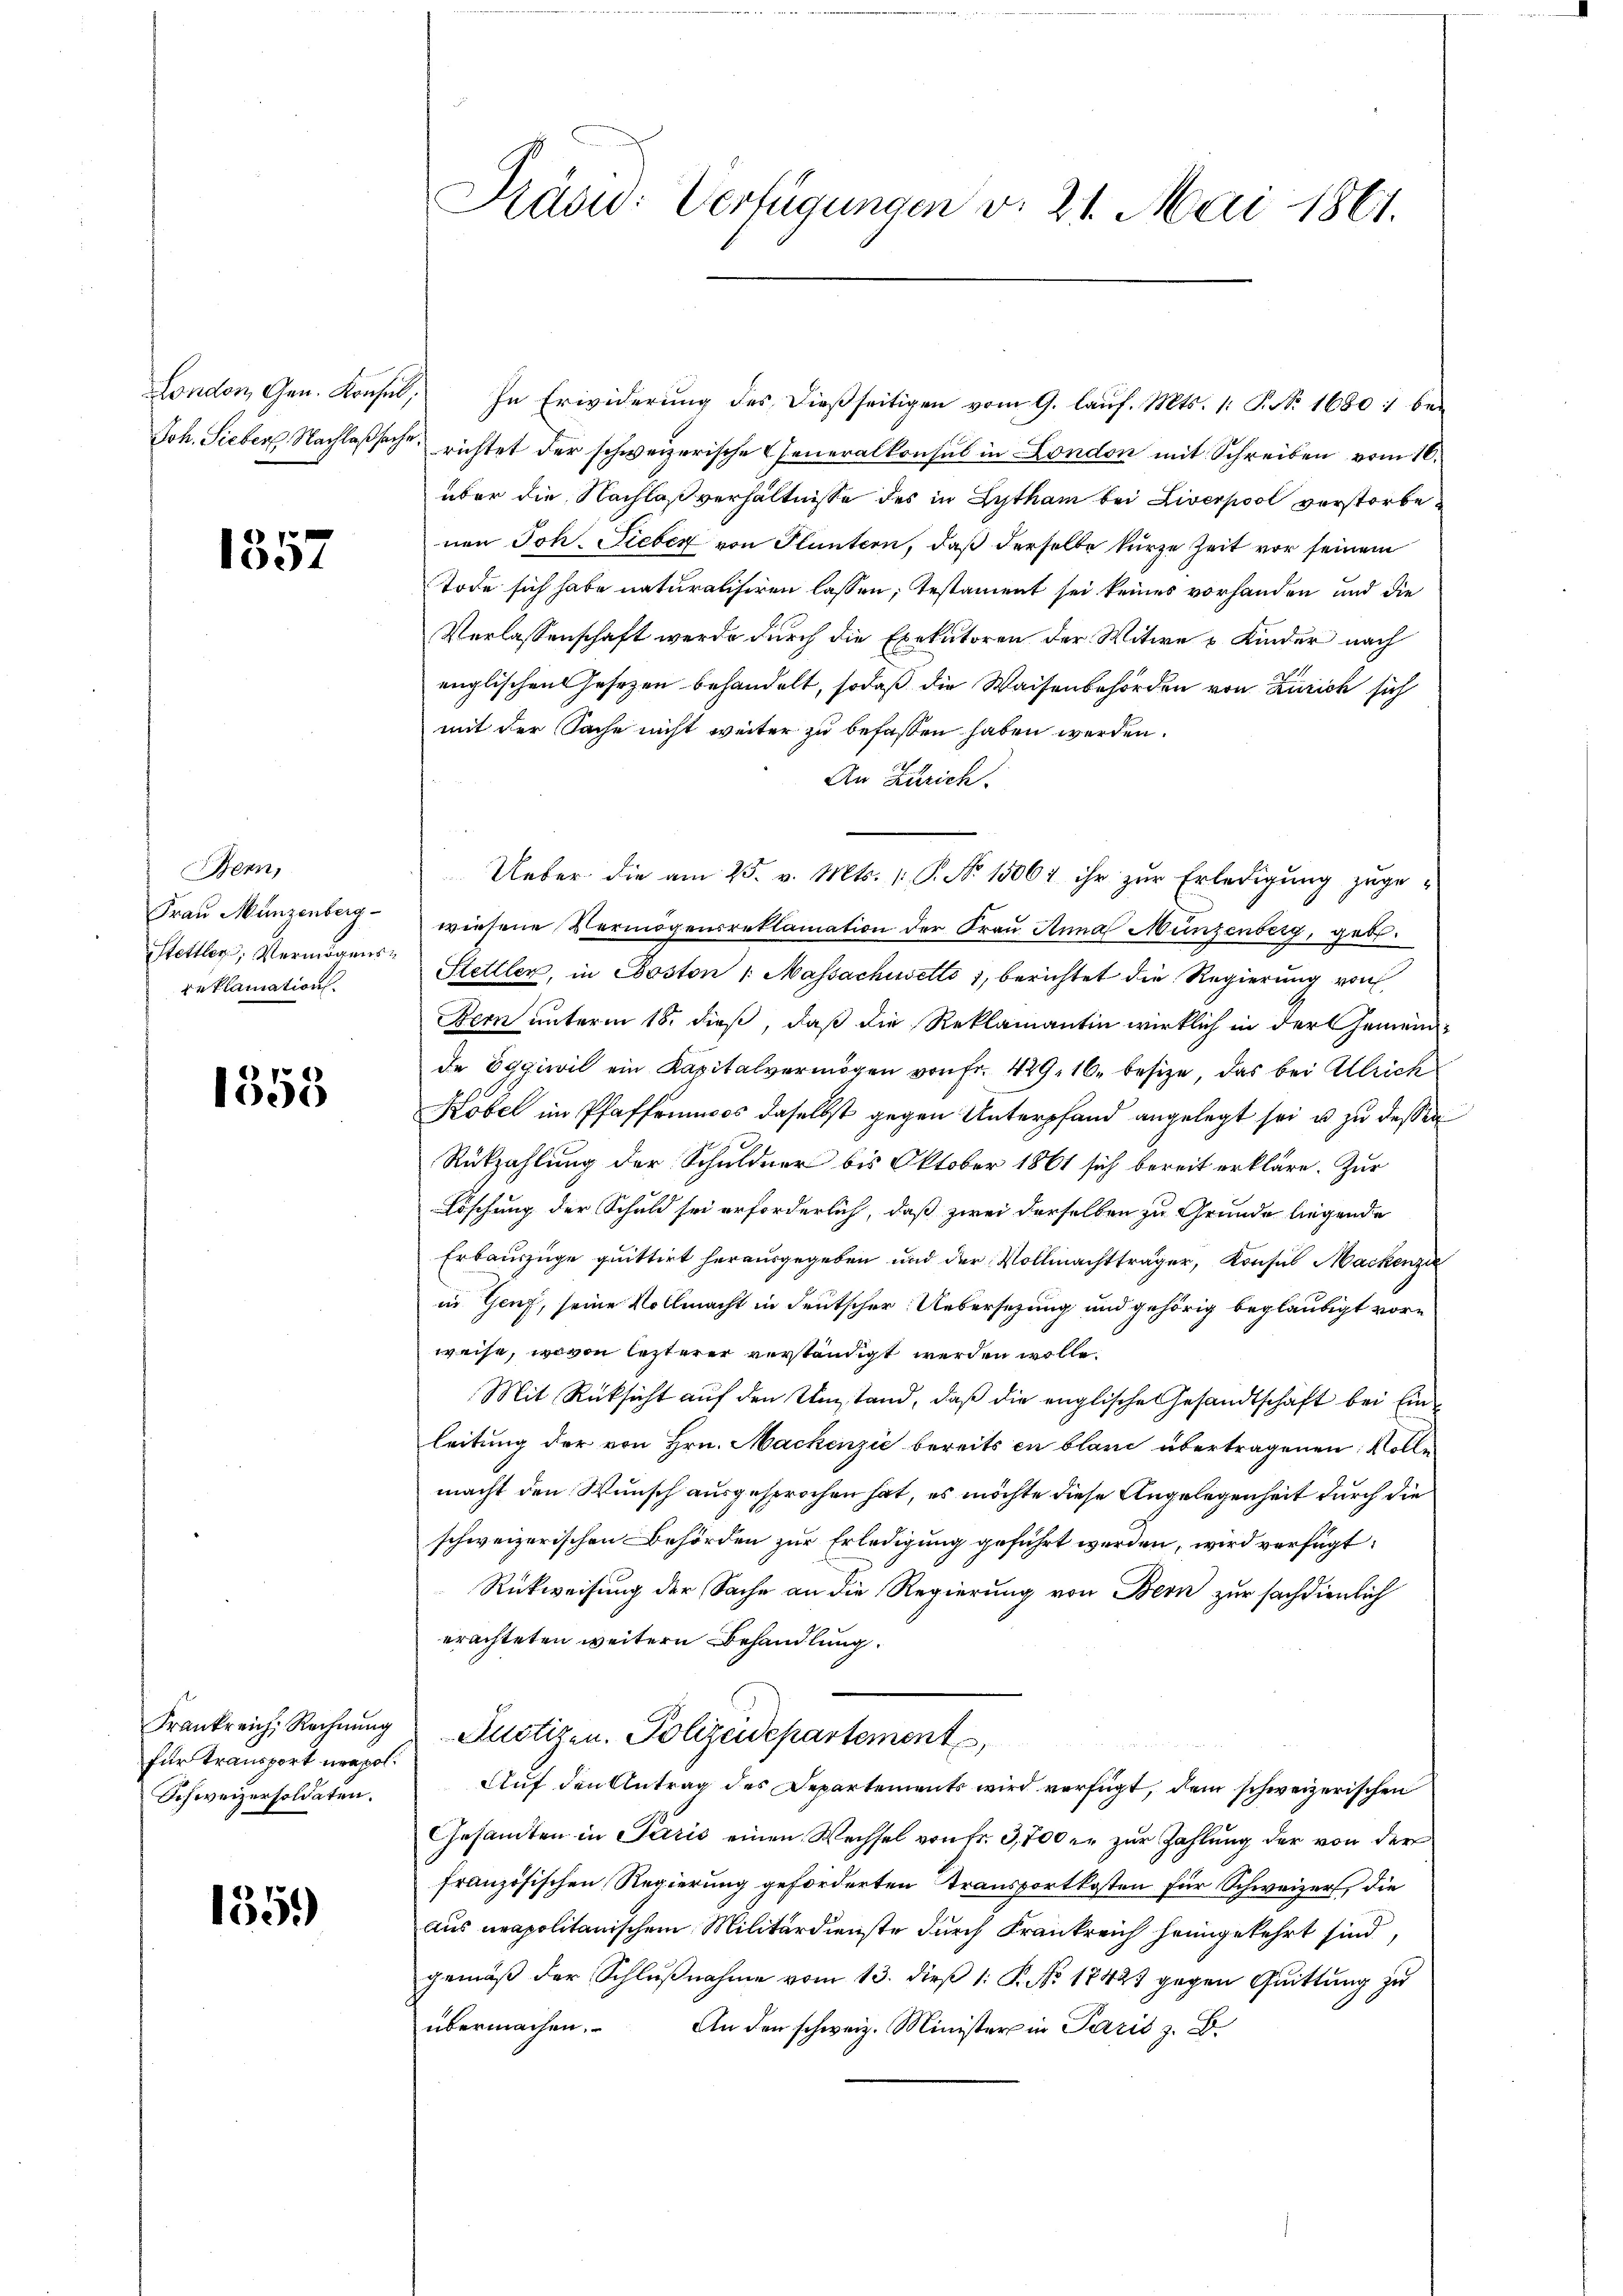
1357

Bern,
Frau Münzenberg-
Stettler, Vermögensreklamation.

1353

für Transport neapol.
Schweizersoldaten.

135.)

Präsid: Verfügungen v. 21. Mai 1861.

London, Gen. Konsul, In Erwiderung des dießseitigen vom 9. lauf. Mts. 1. P. Nr. 1680 :/ be¬
Joh. Fieber Nachlaßsache richtet der schweizerische Generalkonsul in London mit Schreiben vom 16.
über die Nachlaßverhältnisse des in Lytham bei Liverpool verstorbenen Joh. Fieber von Pluntern, daß derselbe kurze Zeit vor seinem
Tode sich habe naturalisiren lassen, testament sei keines vorhanden und die
Verlassenschaft werde durch die Exekutoren der Witwe u Kinder nach
englischen Gesetzen behandelt, sodaß die Waisenbehörden von Zürich sich
mit der Sache nicht weiter zu befassen haben werden.
An Zürich.
Ueber die am 25. v. Mts. 1. P. No 1506 ihr zur Erledigung zuge-
wiesene Vermögensreklamation der Frau Anna Münzenberg, geb.
Stettler, in Coston 1. Massachusetts 1, berichtet die Regierung von
Bern unterm 18. dieß, daß die Reklamantin wirklich in der Gemeinde Eggiwil ein Kapitalvermögen von Fr. 429. 16. besize, das bei Allrich
Kobel im Pfaffrinos daselbst gegen Unterpfand angelegt sei, u. zu dessen
Rükzahlung der Schuldner bis Oktober 1861 sich bereit erkläre. Zur
Löschung der Schuld sei erforderlich, daß zwei derselben zu Grunde liegende
Erbauszuge quittirt herausgegeben und der Vollmachtträger, Konsul Mackenzi
in Genf, seine Vollmacht in deutscher Uebersezung und gehörig beglaubigt vorweise, wovon lezterer verständigt werden wolle.
Mit Rücksicht auf den Umstand, daß die englische Gesandtschaft bei Einleitung der von Hrn. Nackenzić bereits en bland übertragenen Volle
macht den Wunsch ausgesprochen hat, es möchte diese Angelegenheit durch die
schweizerischen Behörden zur Erledigung geführt werden, wird verfügt:
Rückweisung der Sache an die Regierung von Bern zur sachdienlich
erachteten weitern Behandlung.
Frankreich, Rechnŭng Auctizen. Polizeidepartement
Auf den Antrag des Departements wird verfügt, dem schweizerischen
Gesandten in Paris einen Wechsel von Fr. 3,700 er zur Zahlung der von der
französischen Regierung geforderten Transportkosten für Schweizer, die
Aus neapolitanischem Militärdienste durch Frankreich heimgekehrt sind,
gemäß der Schlußnahme vom 13. dieß 1: P. No. 18427 gegen Quittung zu
übermachen.
An den schweiz. Minister in Paris z. B.